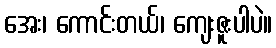
အေး၊ ကောင်းတယ်၊ ကျေးဇူးပါပဲ။